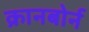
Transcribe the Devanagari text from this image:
क्रानबोर्न